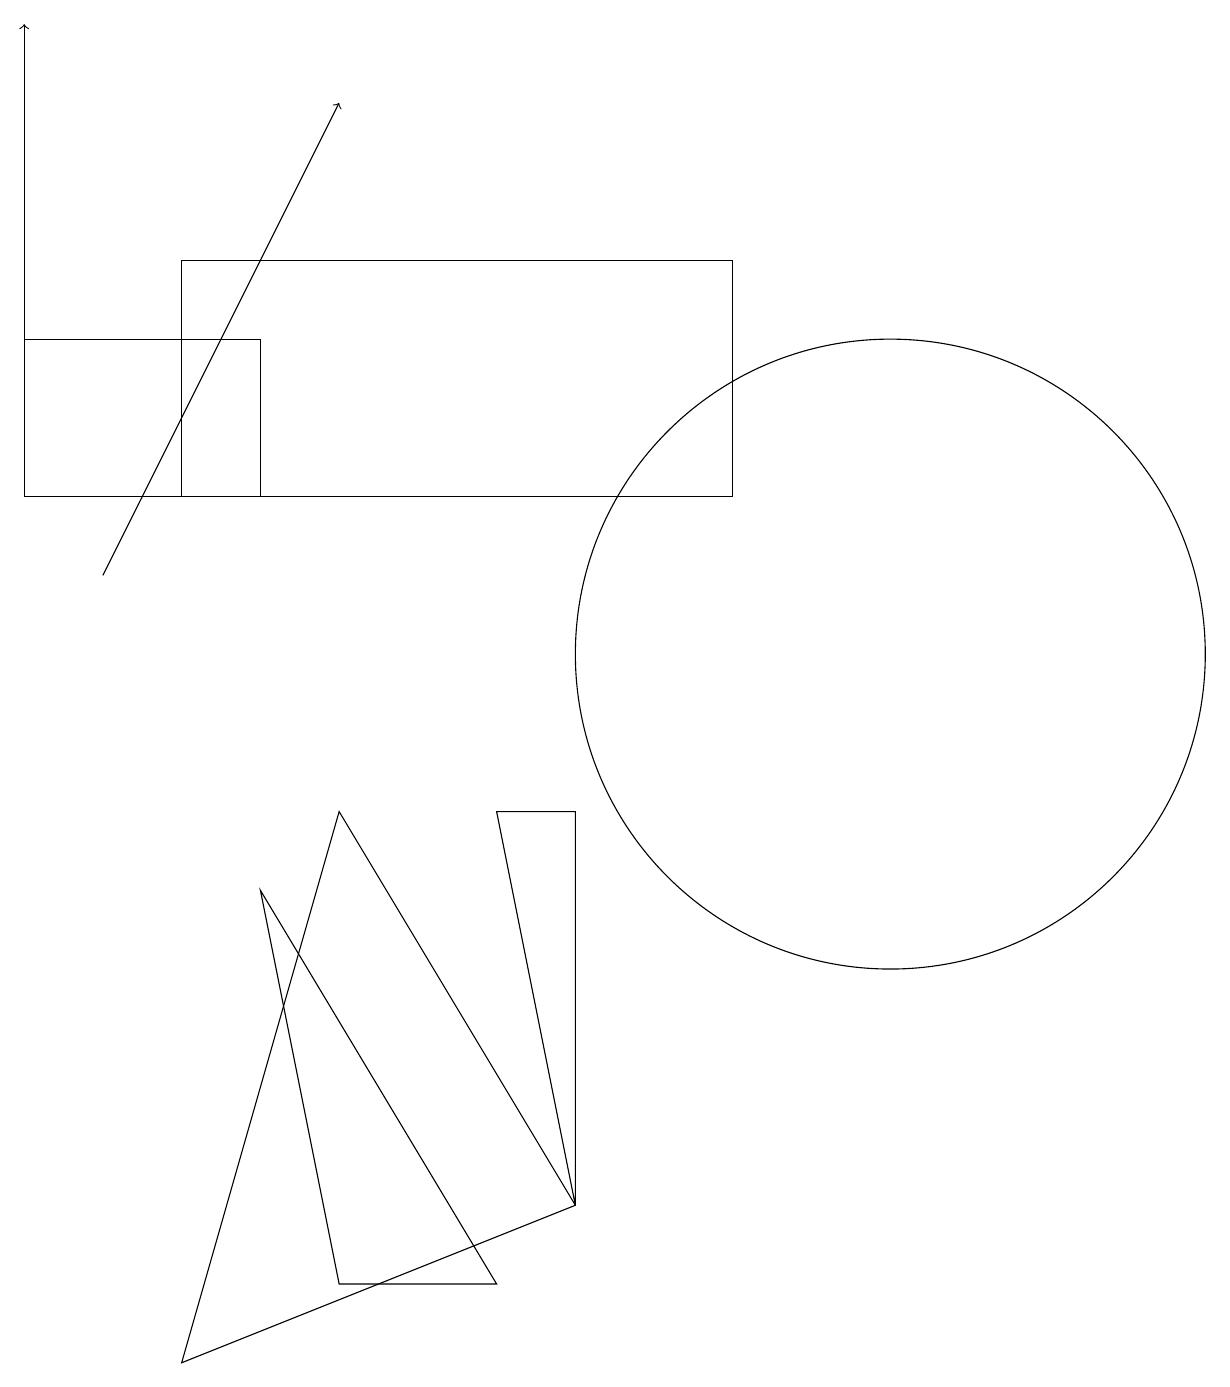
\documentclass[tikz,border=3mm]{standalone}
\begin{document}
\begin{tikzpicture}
\draw (3,13) rectangle (0,15);
\draw[->] (0,13) -- (0,19);
\draw (9,13) rectangle (2,16);
\draw (7,4) -- (7,9) -- (6,9) -- cycle;
\draw (6,3) -- (4,3) -- (3,8) -- cycle;
\draw[->] (1,12) -- (4,18);
\draw (11,11) circle (4);
\draw (4,9) -- (7,4) -- (2,2) -- cycle;
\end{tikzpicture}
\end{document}